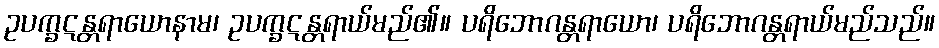
ဥပက္ခဋန္တရာယောနာမ၊ ဥပက္ခဋန္တရာယ်မည်၏။ ပရိဘောဂန္တရာယော၊ ပရိဘောဂန္တရာယ်မည်သည်။